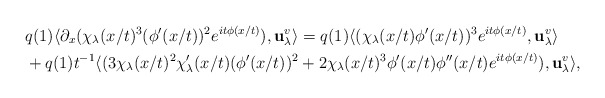
\begin{align*}&q(1)\langle \partial_x (\chi_\lambda(x/t)^3(\phi'(x/t))^2e^{it\phi(x/t)}),\mathbf{u}^v_\lambda \rangle =q(1)\langle (\chi_\lambda(x/t)\phi'(x/t))^3e^{it\phi(x/t)},\mathbf{u}^v_\lambda \rangle\\&+q(1)t^{-1}\langle (3\chi_\lambda(x/t)^2\chi_\lambda'(x/t)(\phi'(x/t))^2+2\chi_\lambda(x/t)^3\phi'(x/t)\phi''(x/t)e^{it\phi(x/t)}),\mathbf{u}^v_\lambda \rangle,\end{align*}